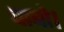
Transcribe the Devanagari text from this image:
चाबो।